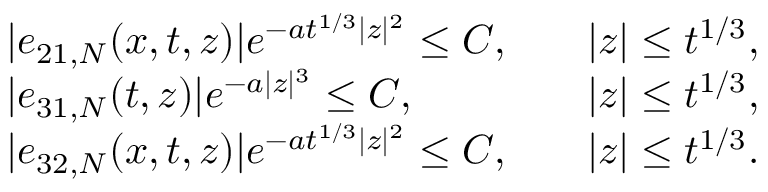
\begin{array} { r l r l } & { | e _ { 2 1 , N } ( x , t , z ) | e ^ { - a t ^ { 1 / 3 } | z | ^ { 2 } } \leq C , } & & { | z | \leq t ^ { 1 / 3 } , } \\ & { | e _ { 3 1 , N } ( t , z ) | e ^ { - a | z | ^ { 3 } } \leq C , } & & { | z | \leq t ^ { 1 / 3 } , } \\ & { | e _ { 3 2 , N } ( x , t , z ) | e ^ { - a t ^ { 1 / 3 } | z | ^ { 2 } } \leq C , } & & { | z | \leq t ^ { 1 / 3 } . } \end{array}